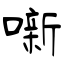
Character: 噺